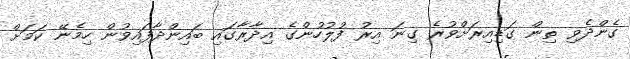
ގެންދެވި ތިން ގަޑިއިރަށްވުރެ ގިނަ އިރު ފުލުހުންގެ އިދާރާގައި ބައިންދާފައިވުން ހިމެނޭ ކަމަށް